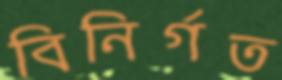
বিনির্গত